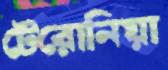
টেরোনিয়া